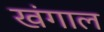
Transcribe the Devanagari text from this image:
खंगाल